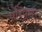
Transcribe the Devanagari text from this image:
परिपूणर्